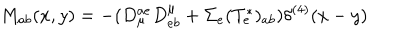
M _ { a b } ( x , y ) = - ( D _ { \mu } ^ { a e } D _ { e b } ^ { \mu } + \Sigma _ { e } ( T _ { e } ^ { \ast } ) _ { a b } ) \delta ^ { ( 4 ) } ( x - y )